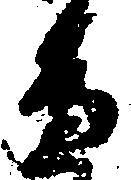
へ